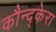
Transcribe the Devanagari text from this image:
कौन्द्केरा